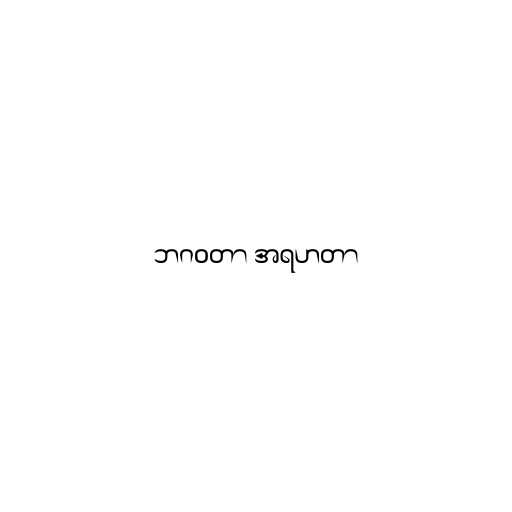
ဘဂဝတာ အရဟတာ